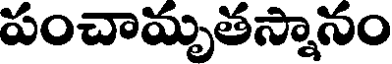
పంచామృతస్నానం